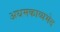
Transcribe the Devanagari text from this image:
अधमकाव्यभेद